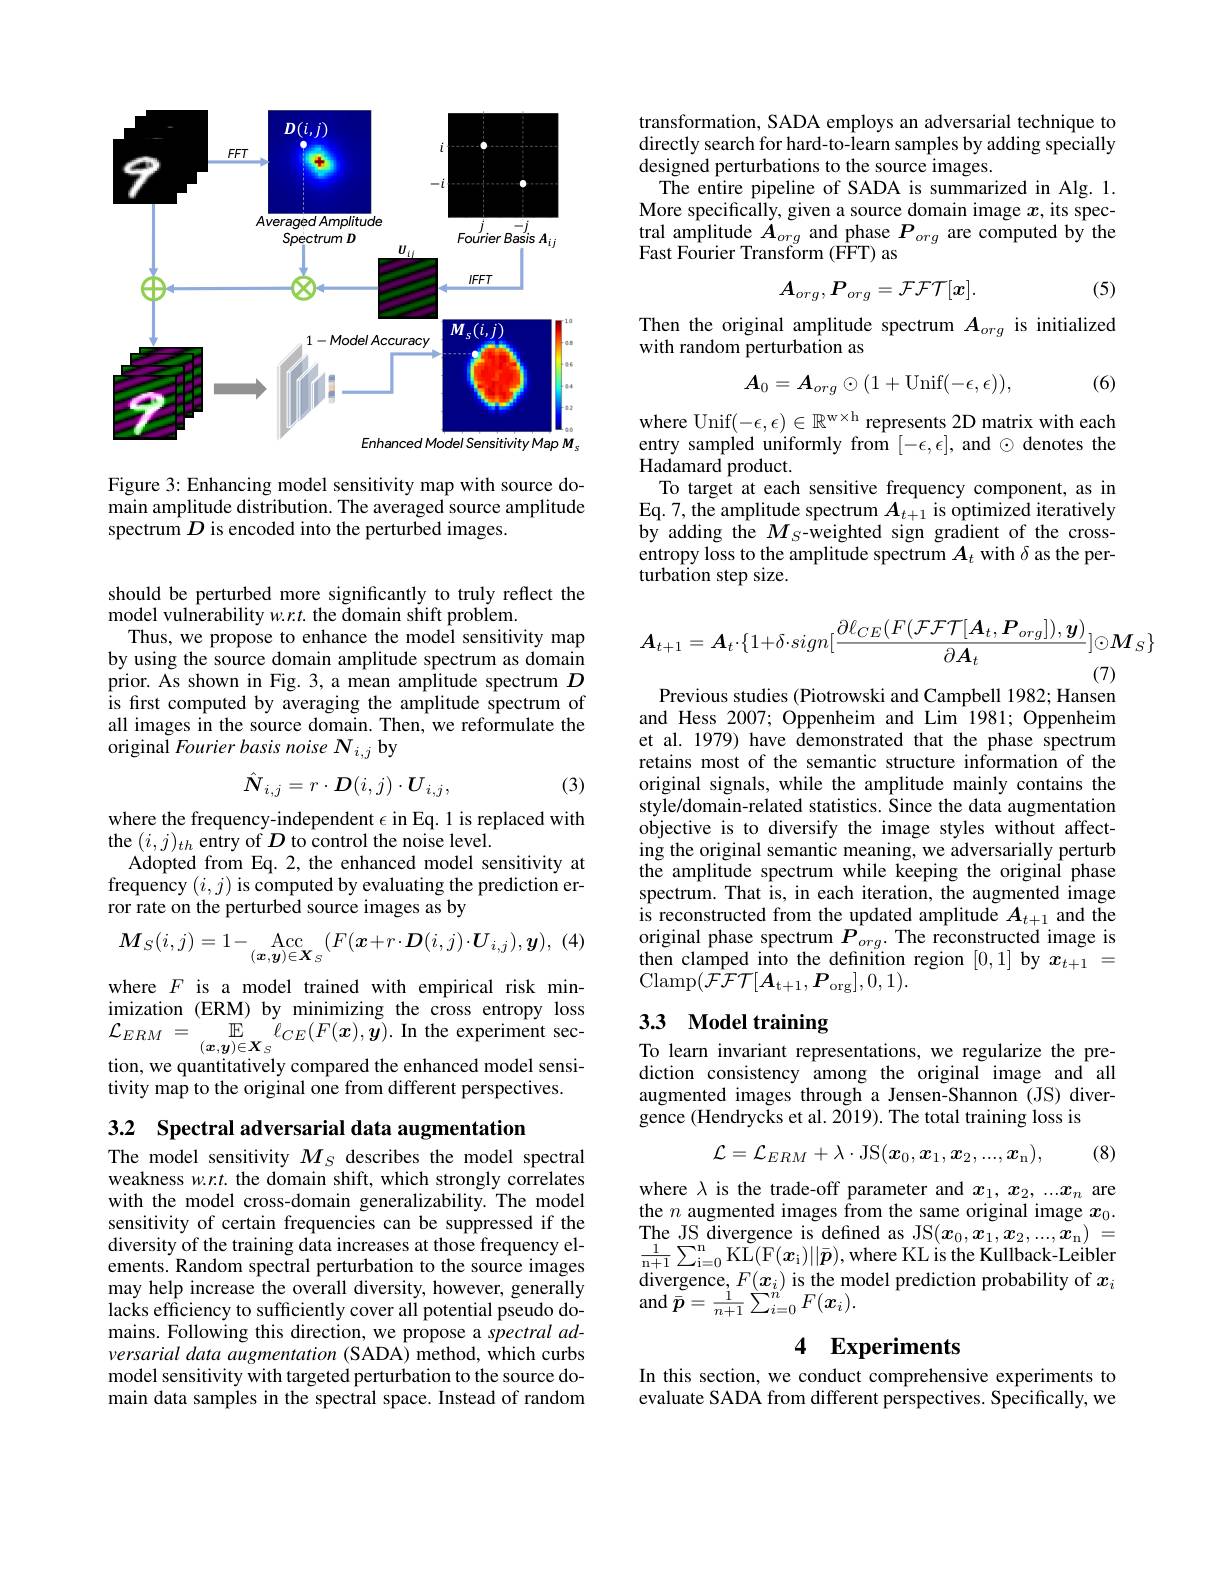
<FigureHere>

Figure 3: Enhancing model sensitivity map with source domain amplitude distribution. The averaged source amplitude spectrum $D$ is encoded into the perturbed images.

should be perturbed more significantly to truly reflect the
$\hat{\text{model vulnerability }w.r.t.\text{the }}\tilde{\text{domain shift problem.}}$
Thus, we propose to enhance the model sensitivity map by using the source domain amplitude spectrum as domain prior. As shown in Fig. 3, a mean amplitude spectrum $D$ is first computed by averaging the amplitude spectrum of all images in the source domain. Then, we reformulate the original Fourier basis noise N $_i,j$ by

(3)
$$\hat{N}_{i,j}=r\cdot D(i,j)\cdot U_{i,j},$$
where the frequency-independent $\epsilon$ in Eq.1 is replaced with
the $(i,j)_{th}$ entry of $D$ to control the noise level.
Adopted from Eq. 2, the enhanced model sensitivity at frequency $(i,j)$ is computed by evaluating the prediction error rate on the perturbed source images as by

(4)
$$\boldsymbol{M}_S(i,j)=1-\underset{(\boldsymbol{x},\boldsymbol{y})\in\boldsymbol{X}_S}{\mathrm{Acc}}(F(\boldsymbol{x}+r\cdot\boldsymbol{D}(i,j)\cdot\boldsymbol{U}_{i,j}),\boldsymbol{y}),$$
where $F$ is a model trained with empirical risk minimization (ERM) by minimizing the cross entropy loss $\mathcal{L} _{ERM}$ = $\operatorname* { lim} _{( \boldsymbol{x}, \boldsymbol{y}) \in \boldsymbol{X}_{S}}^{\prime }$ $\overset {\mathrm{E} }{\operatorname* { \ell _{CE}} }( F( \boldsymbol{x}) , \tilde{\boldsymbol{y}} ) .$In the experiment section, we quantitatively compared the enhanced model sensitivity map to the original one from different perspectives.

3.2 Spectral adversarial data augmentation

The model sensitivity $M_S$ describes the model spectral weakness w.r.t. the domain shift, which strongly correlates with the model cross-domain generalizability.The model sensitivity of certain frequencies can be suppressed if the diversity of the training data increases at those frequency elements. Random spectral perturbation to the source images may help increase the overall diversity, however, generally lacks efficiency to sufficiently cover all potential pseudo domains. Following this direction, we propose a spectral adversarial data augmentation (SADA) method, which curbs model sensitivity with targeted perturbation to the source domain data samples in the spectral space. Instead of random

transformation, SADA employs an adversarial technique to directly search for hard-to-learn samples by adding specially designed perturbations to the source images.
The entire pipeline of SADA is summarized in Alg. 1. More specifically, given a source domain image $x$, its spectral amplitude $A_{org}$ and phase $P_{org}$ are computed by the Fast Fourier Transform (FFT) as
$$A_{org},P_{org}=\mathcal{FFT}[x].$$
(5)

Then the original amplitude spectrum $A_{org}$ is initialized
with random perturbation as
$$A_0=A_{org}\odot(1+\mathrm{Unif}(-\epsilon,\epsilon)),$$
(6)

where Unif$(-\epsilon,\epsilon)\in\mathbb{R}^\mathrm{w\times h}$ represents 2D matrix with each entry sampled uniformly from $[-\epsilon,\epsilon]$, and $\odot$ denotes the Hadamard product.
To target at each sensitive frequency component, as in Eq. 7, the amplitude spectrum $A_t+1$ is optimized iteratively by adding the $M_S$-weighted sign gradient of the crossentropy loss to the amplitude spectrum $A_t$ with $\delta$ as the perturbation step size.
$$\boldsymbol{A}_{t+1}=\boldsymbol{A}_{t}\cdot\{1+\delta\cdot sign[\frac{\partial\ell_{CE}(F(\mathcal{FFT}[\boldsymbol{A}_{t},\boldsymbol{P}_{org}]),\boldsymbol{y})}{\partial\boldsymbol{A}_{t}}]\odot\boldsymbol{M}_{S}\}$$
Previous studies (Piotrowski and Campbell 1982; Hansen

and Hess 2007; Oppenheim and Lim 1981; Oppenheim et al. 1979) have demonstrated that the phase spectrum retains most of the semantic structure information of the original signals, while the amplitude mainly contains the style/domain-related statistics. Since the data augmentation objective is to diversify the image styles without affecting the original semantic meaning, we adversarially perturb the amplitude spectrum while keeping the original phase spectrum. That is, in each iteration, the augmented image is reconstructed from the updated amplitude $A_t+1$ and the original phase spectrum $P_{org}.$ The reconstructed image is then clamped into the definition region [0,1] by $x_{t+1}=$ $\operatorname { Clamp} ( \tilde{\mathcal{F} } \mathcal{F} \mathcal{T} [ A_{\mathrm{t+ 1}}, \boldsymbol{P}_{\mathrm{org}}] , 0, 1) .$

# 3.3 Model training

To learn invariant representations, we regularize the prediction consistency among the original image and all augmented images through a Jensen-Shannon (JS) divergence (Hendrycks et al. 2019). The total training loss is
$$\mathcal{L}=\mathcal{L}_{ERM}+\lambda\cdot\mathrm{JS}(\boldsymbol{x}_0,\boldsymbol{x}_1,\boldsymbol{x}_2,...,\boldsymbol{x}_\mathrm{n}),$$
(8)

where $\lambda$ is the trade-off parameter and $x_1,x_2,...x_n$ are the $n$ augmented images from the same original image $x_0.$ divergence, $F(x_i)$ is the model prediction probability of $x_i$ $\operatorname{and}\bar{\boldsymbol{p}}=\frac{1}{n+1}\sum_{i=0}^{\stackrel{\cdot}{n}^{\prime}}F(\boldsymbol{x}_{i}).$

# 4 Experiments

In this section, we conduct comprehensive experiments to evaluate SADA from different perspectives. Specifically, we